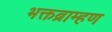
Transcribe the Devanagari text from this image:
भक्तब्राम्हण